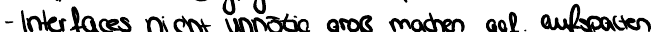
- Interfaces nicht unnötig groß machen ggf. aufspalten